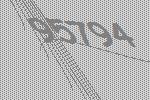
95794